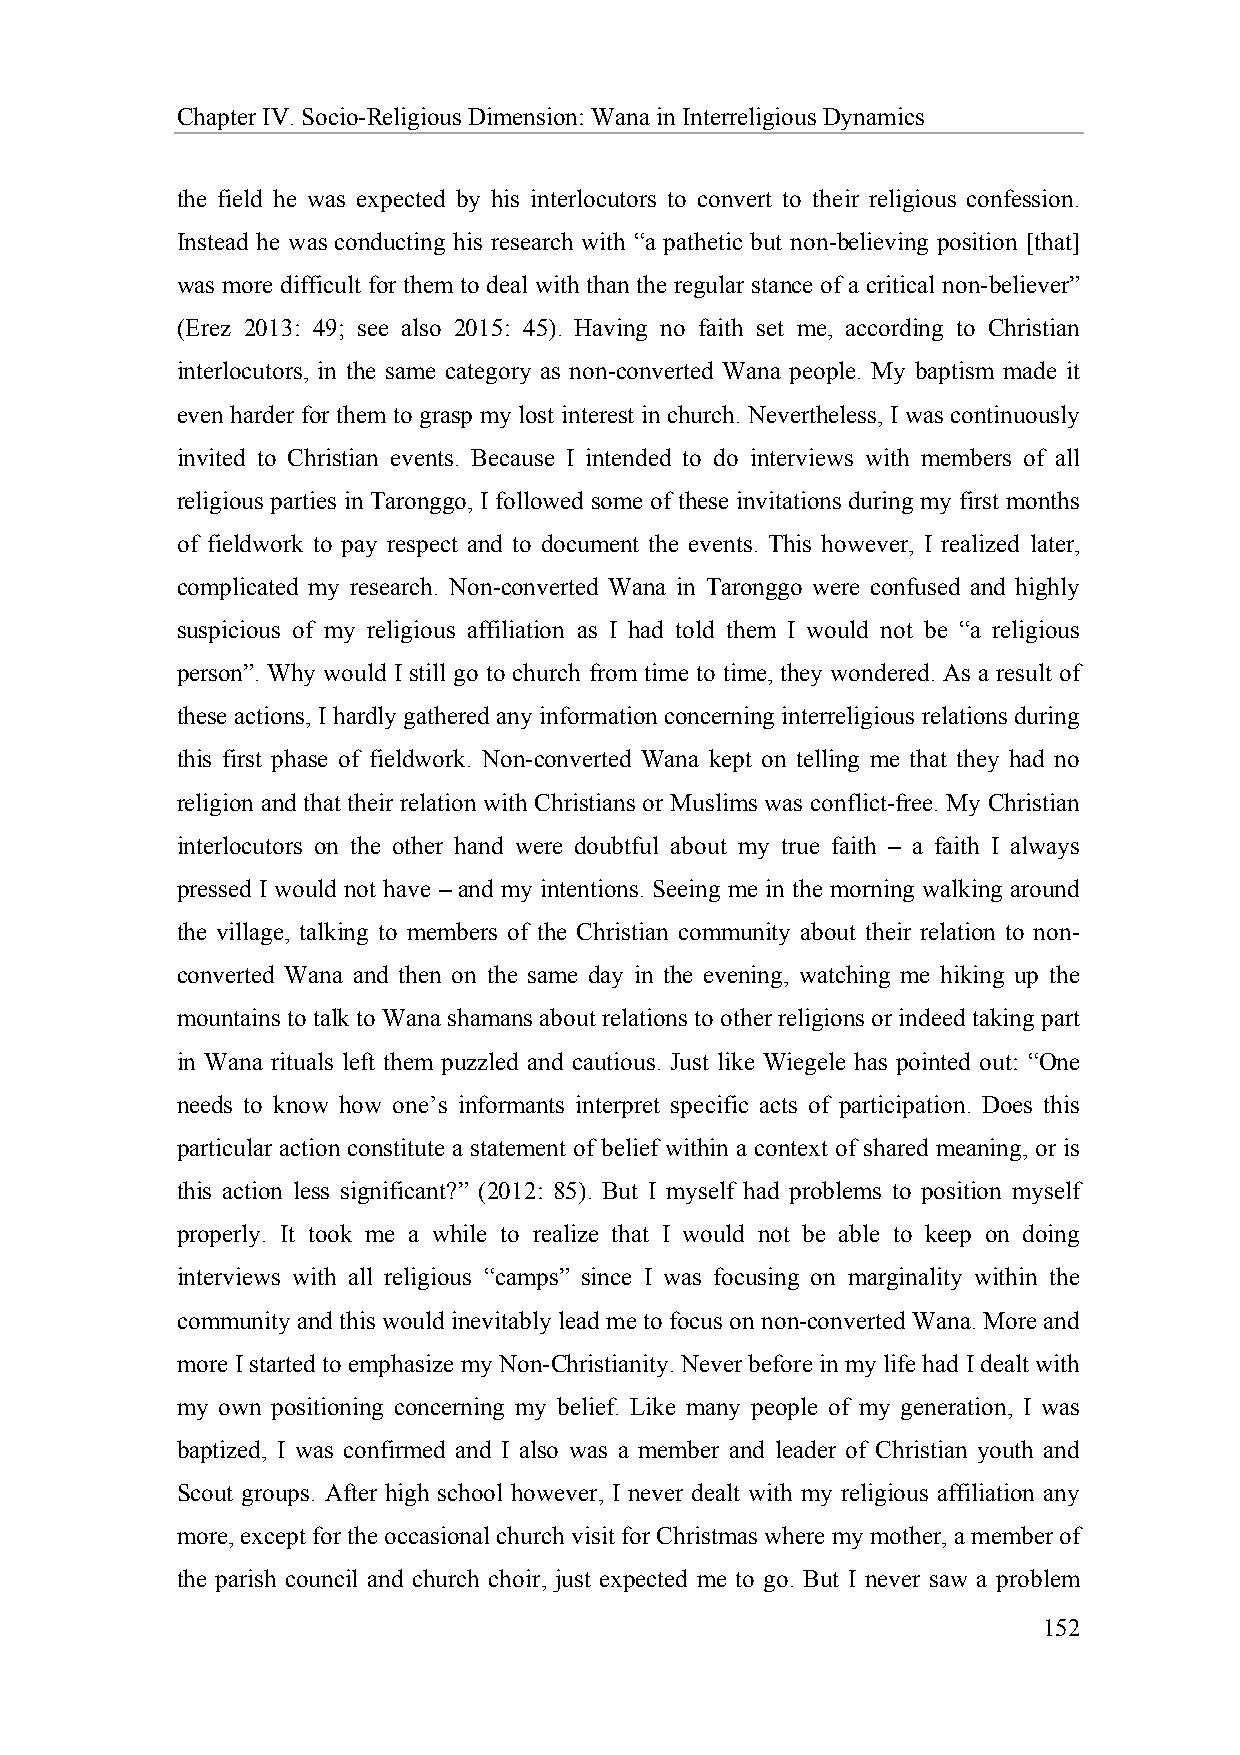
Chapter IV. Socio-Religious Dimension: Wana in Interreligious Dynamics
 the field he was expected by his interlocutors to convert to their religious confession.
 Instead he was conducting his research with “a pathetic but non-believing position [that]
 was more difficult for them to deal with than the regular stance of a critical non-believer”
 (Erez 2013: 49; see also 2015: 45). Having no faith set me, according to Christian
 interlocutors, in the same category as non-converted Wana people. My baptism made it
 even harder for them to grasp my lost interest in church. Nevertheless, I was continuously
 invited to Christian events. Because I intended to do interviews with members of all
 religious parties in Taronggo, I followed some of these invitations during my first months
 of fieldwork to pay respect and to document the events. This however, I realized later,
 complicated my research. Non-converted Wana in Taronggo were confused and highly
 suspicious of my religious affiliation as I had told them I would not be “a religious
 person”. Why would I still go to church from time to time, they wondered. As a result of
 these actions, I hardly gathered any information concerning interreligious relations during
 this first phase of fieldwork. Non-converted Wana kept on telling me that they had no
 religion and that their relation with Christians or Muslims was conflict-free. My Christian
 interlocutors on the other hand were doubtful about my true faith – a faith I always
 pressed I would not have – and my intentions. Seeing me in the morning walking around
 the village, talking to members of the Christian community about their relation to non-
 converted Wana and then on the same day in the evening, watching me hiking up the
 mountains to talk to Wana shamans about relations to other religions or indeed taking part
 in Wana rituals left them puzzled and cautious. Just like Wiegele has pointed out: “One
 needs to know how one’s informants interpret specific acts of participation. Does this
 particular action constitute a statement of belief within a context of shared meaning, or is
 this action less significant?” (2012: 85). But I myself had problems to position myself
 properly. It took me a while to realize that I would not be able to keep on doing
 interviews with all religious “camps” since I was focusing on marginality within the
 community and this would inevitably lead me to focus on non-converted Wana. More and
 more I started to emphasize my Non-Christianity. Never before in my life had I dealt with
 my own positioning concerning my belief. Like many people of my generation, I was
 baptized, I was confirmed and I also was a member and leader of Christian youth and
 Scout groups. After high school however, I never dealt with my religious affiliation any
 more, except for the occasional church visit for Christmas where my mother, a member of
 the parish council and church choir, just expected me to go. But I never saw a problem
 152